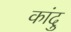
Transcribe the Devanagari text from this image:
कांदु